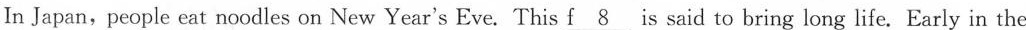
In Japan,people eat noodles on New Year's Eve. This f\underline{8}is said to bring long life. Early in the